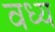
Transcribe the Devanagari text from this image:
वध्य